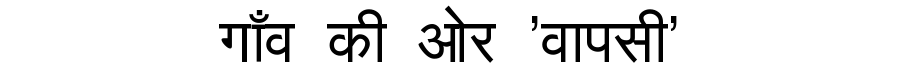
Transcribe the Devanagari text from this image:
गाँव की ओर 'वापसी'